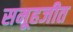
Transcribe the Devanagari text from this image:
समूहजीत